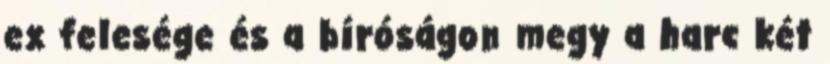
ex felesége és a bíróságon megy a harc két